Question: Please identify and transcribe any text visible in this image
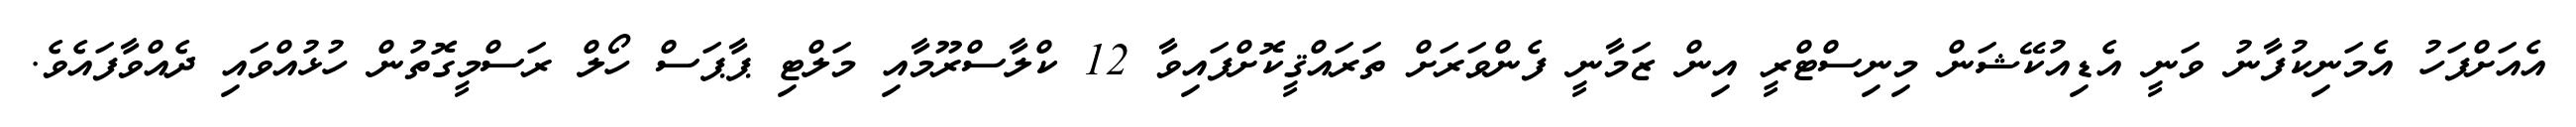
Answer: އެއަށްފަހު އެމަނިކުފާނު ވަނީ އެޑިއުކޭޝަން މިނިސްޓްރީ އިން ޒަމާނީ ފެންވަރަށް ތަރައްޤީކޮށްފައިވާ 12 ކްލާސްރޫމާއި މަލްޓި ޕާޕަސް ހޯލް ރަސްމީގޮތުން ހުޅުއްވައި ދެއްވާފައެވެ.